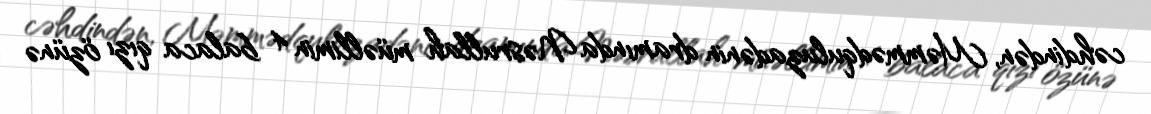
cəhdindən, Məmmədquluzadənin dramında Nəsrullah müəllimin 4 balaca qızı özünə